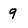
Character: 9